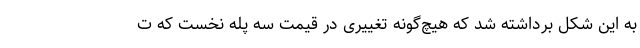
به این شکل برداشته شد که هیچ‌گونه تغییری در قیمت سه پله نخست که ت